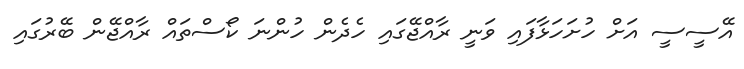
އޭސީސީ އަށް ހުށަހަޅާފައި ވަނީ ރާއްޖޭގައި ހެދެން ހުންނަ ކޯސްތައް ރާއްޖޭން ބޭރުގައި